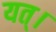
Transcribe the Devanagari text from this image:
यत्।